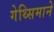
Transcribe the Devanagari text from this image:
गेथ्सिमाने